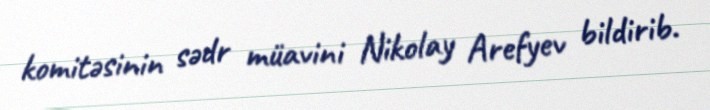
komitəsinin sədr müavini Nikolay Arefyev bildirib.